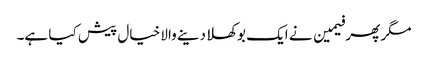
مگر پھر فیمین نے ایک بوکھلا دینے والا خیال پیش کیا ہے۔